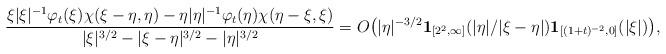
LaTeX: \begin{align*}\frac{\xi|\xi|^{-1} \varphi_t(\xi) \chi(\xi-\eta,\eta) - \eta|\eta|^{-1} \varphi_t(\eta) \chi(\eta-\xi,\xi)}{ |\xi|^{3/2} -|\xi-\eta|^{3/2} - |\eta|^{3/2}} = O \big( |\eta|^{-3/2} \mathbf{1}_{[2^2,\infty]}(|\eta|/|\xi-\eta|) \mathbf{1}_{[(1+t)^{-2},0]}(|\xi|) \big) ,\end{align*}